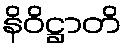
နိဝိဋ္ဌာတိ